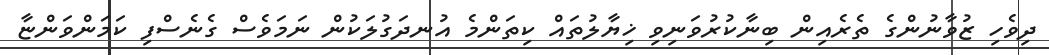
ދިވެހި ޒުވާނުންގެ ތެރެއިން ބިނާކުރުވަނިވި ޚިޔާލުތައް ކިތަންމެ އުނދަގުލަކުން ނަމަވެސް ގެނެސްފި ކަމަންވަންޏާ